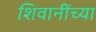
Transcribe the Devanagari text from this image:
शिवानींच्या